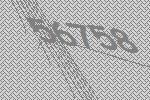
56758